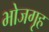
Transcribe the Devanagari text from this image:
भोजगृह